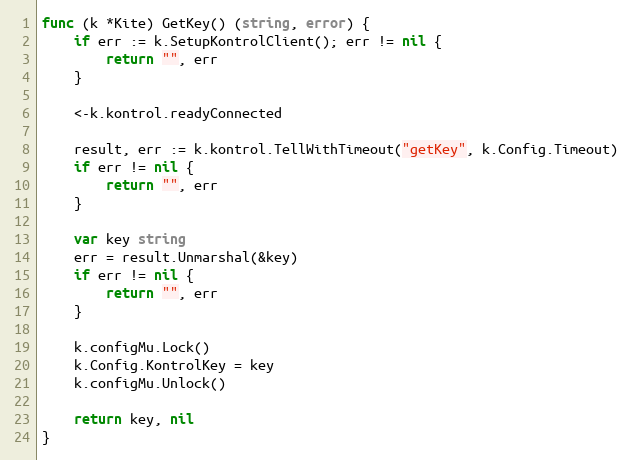
Language: Go
func (k *Kite) GetKey() (string, error) {
	if err := k.SetupKontrolClient(); err != nil {
		return "", err
	}

	<-k.kontrol.readyConnected

	result, err := k.kontrol.TellWithTimeout("getKey", k.Config.Timeout)
	if err != nil {
		return "", err
	}

	var key string
	err = result.Unmarshal(&key)
	if err != nil {
		return "", err
	}

	k.configMu.Lock()
	k.Config.KontrolKey = key
	k.configMu.Unlock()

	return key, nil
}